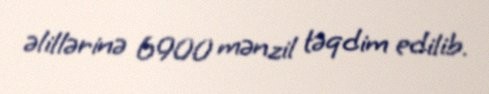
əlillərinə 6900 mənzil təqdim edilib.